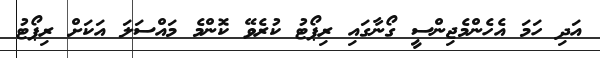
އަދި ހަމަ އެހެންމެޖިންސީ ގޯނާގައި ރިޕޯޓު ކުރެވޭ ކޮންމެ މައްސަލަ އަކަށް ރިޕޯޓު